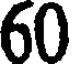
60